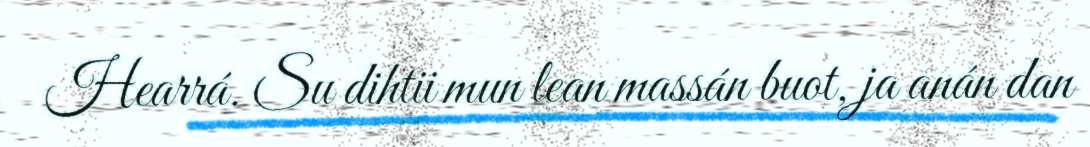
Hearrá. Su dihtii mun lean massán buot, ja anán dan